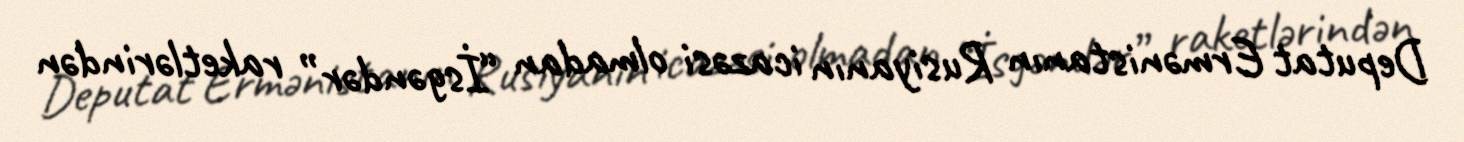
Deputat Ermənistanın Rusiyanın icazəsi olmadan “İsgəndər” raketlərindən